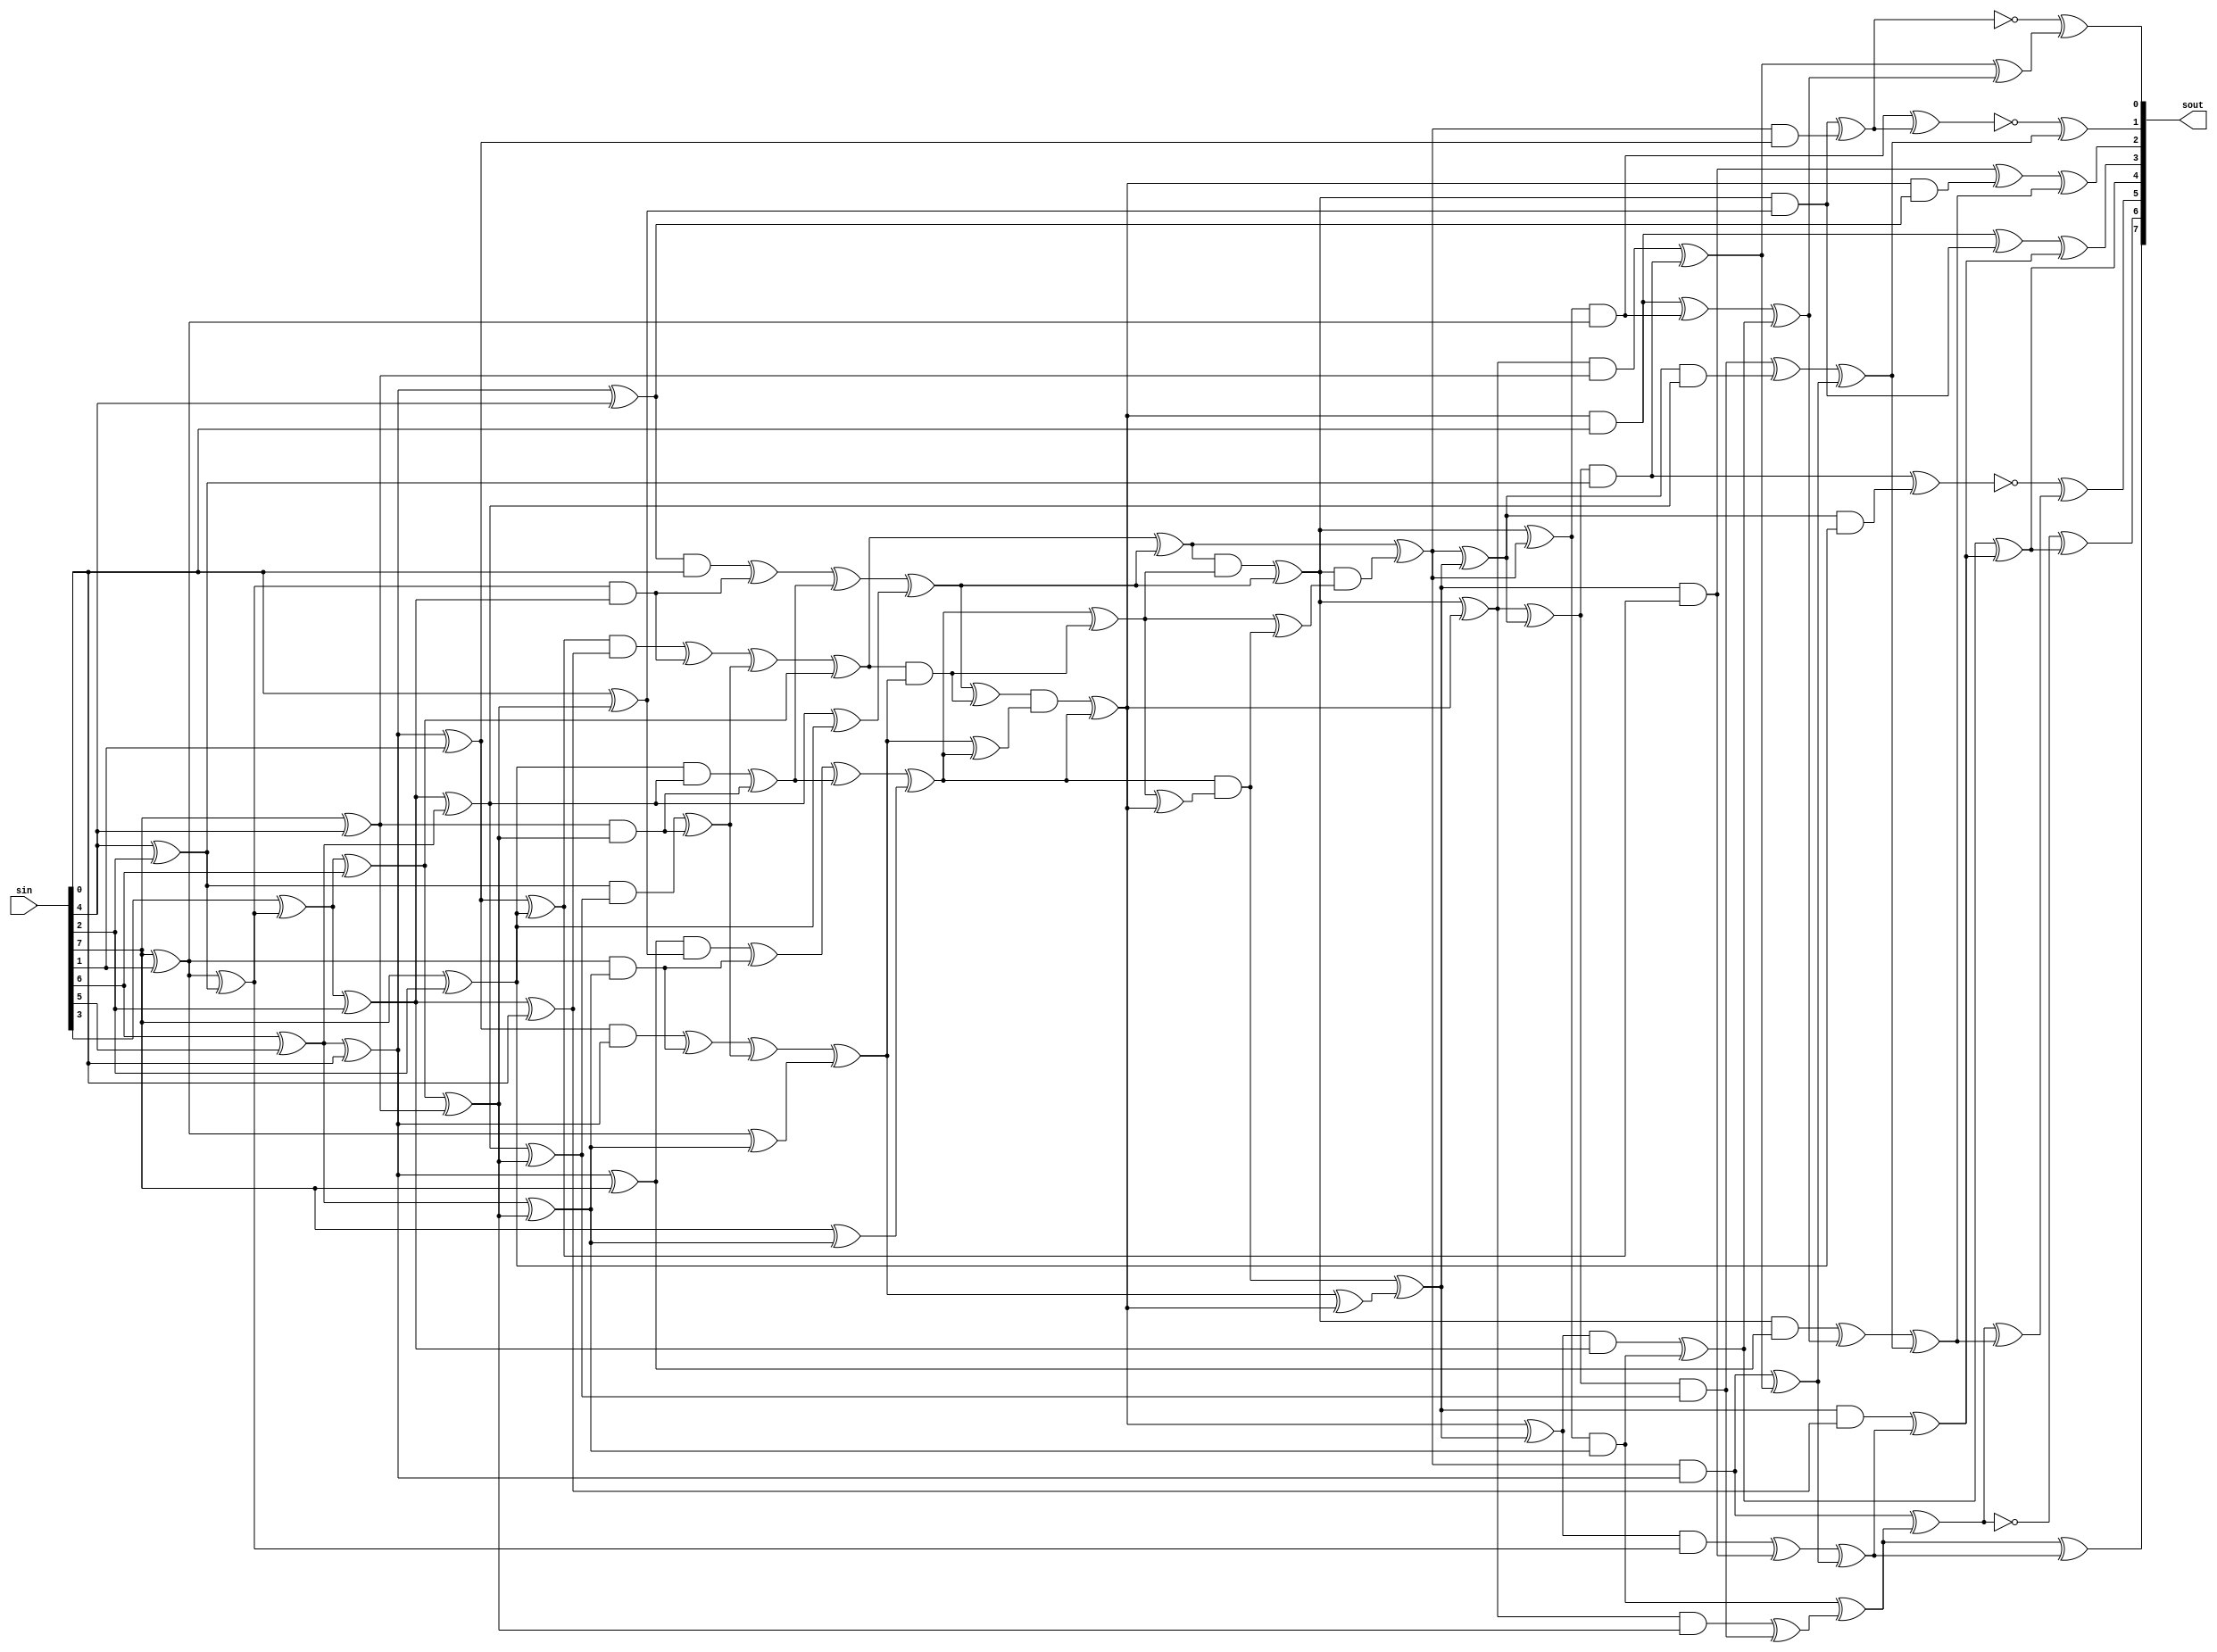
module sbox(
    input [7:0] sin,
    output reg [7:0] sout
    );
	
	wire[0:7] s, x;

	assign x = sin;
	
	always @ (*)
        sout <= s;
	
	wire [21:0] y;
	wire [67:0] t;
	wire [17:0] z;
	
	assign y[14] = x[3] ^ x[5];
	assign y[13] = x[0] ^ x[6];
	assign y[9] = x[0] ^ x[3];
	assign y[8] = x[0] ^ x[5];
	assign t[0] = x[1] ^ x[2];
	assign y[1] = t[0] ^ x[7];
	assign y[4] = y[1] ^ x[3];
	assign y[12] = y[13] ^ y[14];
	assign y[2] = y[1] ^ x[0];
	assign y[5] = y[1] ^ x[6];
	assign y[3] = y[5] ^ y[8];
	assign t[1] = x[4] ^ y[12];
	assign y[15] = t[1] ^ x[5];
	assign y[20] = t[1] ^ x[1];
	assign y[6] = y[15] ^ x[7];
	assign y[10] = y[15] ^ t[0];
	assign y[11] = y[20] ^ y[9];
	assign y[7] = x[7] ^ y[11];
	assign y[17] = y[10] ^ y[11];
	assign y[19] = y[10] ^ y[8];
	assign y[16] = t[0] ^ y[11];
	assign y[21] = y[13] ^ y[16];
	assign y[18] = x[0] ^ y[16];
	
	assign t[2] = y[12] & y[15];
	assign t[3] = y[3] & y[6];
	assign t[4] = t[3] ^ t[2];
	assign t[5] = y[4] & x[7];
	assign t[6] = t[5] ^ t[2]; 
	assign t[7] = y[13] & y[16];
	assign t[8] = y[5] & y[1];
	assign t[9] = t[8] ^ t[7];
	assign t[10] = y[2] & y[7];
	assign t[11] = t[10] ^ t[7];
	assign t[12] = y[9] & y[11];
	assign t[13] = y[14] & y[17];
	assign t[14] = t[13] ^ t[12];
	assign t[15] = y[8] & y[10];
	assign t[16] = t[15] ^ t[12];
	assign t[17] = t[4] ^ t[14];
	assign t[18] = t[6] ^ t[16];
	assign t[19] = t[9] ^ t[14];
	assign t[20] = t[11] ^ t[16];
	assign t[21] = t[17] ^ y[20];
	assign t[22] = t[18] ^ y[19];
	assign t[23] = t[19] ^ y[21];
	assign t[24] = t[20] ^ y[18];
	
	assign t[25] = t[21] ^ t[22];
	assign t[26] = t[21] & t[23];
	assign t[27] = t[24] ^ t[26];
	assign t[28] = t[25] & t[27]; 
	assign t[29] = t[28] ^ t[22];
	assign t[30] = t[23] ^ t[24];
	assign t[31] = t[22] ^ t[26];
	assign t[32] = t[31] & t[30];
	assign t[33] = t[32] ^ t[24];
	assign t[34] = t[23] ^ t[33];
	assign t[35] = t[27] ^ t[33];
	assign t[36] = t[24] & t[35]; 
	assign t[37] = t[36] ^ t[34];
	assign t[38] = t[27] ^ t[36];
	assign t[39] = t[29] & t[38];
	assign t[40] = t[25] ^ t[39];
	
	assign t[41] = t[40] ^ t[37];
	assign t[42] = t[29] ^ t[33];
	assign t[43] =  t[29] ^ t[40];
	assign t[44] =  t[33] ^ t[37];
	assign t[45] = t[42] ^ t[41];
	assign z[0] = t[44] & y[15];
	assign z[1] = t[37] & y[6];
	assign z[2] = t[33] & x[7];
	assign z[3] = t[43] & y[16];
	assign z[4] = t[40] & y[1];
	assign z[5] = t[29] & y[7];
	assign z[6] = t[42] & y[11];
	assign z[7] = t[45] & y[17];
	assign z[8] = t[41] & y[10];
	assign z[9] = t[44] & y[12];
	assign z[10] = t[37] & y[3];
	assign z[11] = t[33] & y[4];
	assign z[12] = t[43] & y[13];
	assign z[13] = t[40] & y[5];
	assign z[14] = t[29] & y[2];
	assign z[15] = t[42] & y[9];
	assign z[16] = t[45] & y[14];
	assign z[17] = t[41] & y[8];
	
	assign t[46] = z[15] ^ z[16];
	assign t[47] = z[10] ^ z[11];
	assign t[48] = z[5] ^ z[13];
	assign t[49] = z[9] ^ z[10];
	assign t[50] = z[2] ^ z[12];
	assign t[51] = z[2] ^ z[5];
	assign t[52] = z[7] ^ z[8];
	assign t[53] = z[0] ^ z[3];
	assign t[54] = z[6] ^ z[7];
	assign t[55] = z[16] ^ z[17];
	assign t[56] = z[12] ^ t[48];
	assign t[57] = t[50] ^ t[53];
	assign t[58] = z[4] ^ t[46];
	assign t[59] = z[3] ^ t[54];
	assign t[60] = t[46] ^ t[57];
	assign t[61] = z[14] ^ t[57];
	assign t[62] = t[52] ^ t[58];
	assign t[63] = t[49] ^ t[58];
	assign t[64] = z[4] ^ t[59];
	assign t[65] = t[61] ^ t[62];
	assign t[66] = z[1] ^ t[63];
	assign s[0] = t[59] ^ t[63];
	assign s[6] = ~t[56 ] ^ t[62]; 
	assign s[7] = ~t[48 ] ^ t[60]; 
	assign t[67] = t[64] ^ t[65];
	assign s[3] = t[53] ^ t[66];
	assign s[4] = t[51] ^ t[66];
	assign s[5] = t[47] ^ t[65];
	assign s[1] = ~t[64 ] ^ s[3]; 
	assign s[2] = ~t[55 ] ^ t[67]; 
  
endmodule